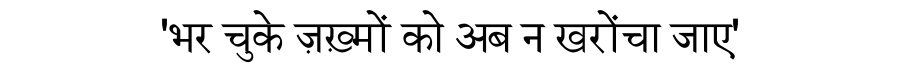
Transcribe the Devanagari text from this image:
'भर चुके ज़ख़्मों को अब न खरोंचा जाए'